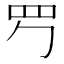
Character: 𦉶